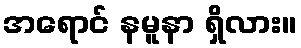
အရောင် နမူနာ ရှိလား။